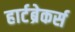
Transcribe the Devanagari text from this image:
हार्टब्रेकर्स